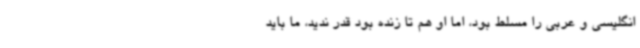
انگلیسی و عربی را مسلط بود، اما او هم تا زنده بود قدر ندید، ما باید